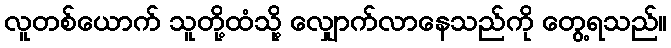
လူတစ်ယောက် သူတို့ထံသို့ လျှောက်လာနေသည်ကို တွေ့ရသည်။